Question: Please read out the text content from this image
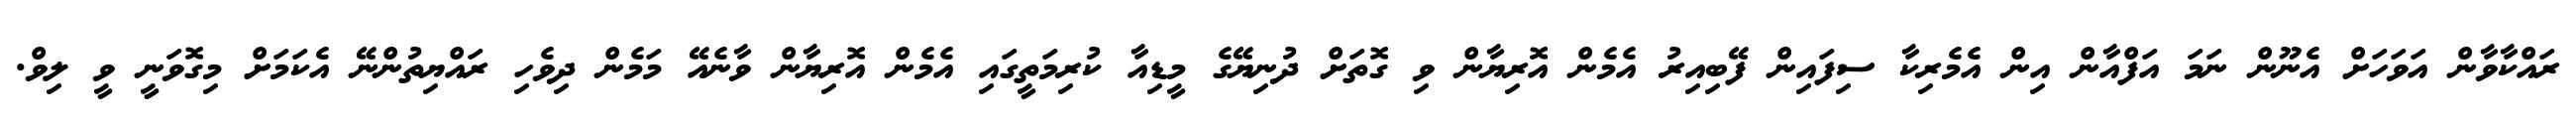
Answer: ރައްކާވާން އަވަހަށް އެނޫން ނަމަ އަފްއާން އިން އެމެރިކާ ސިފައިން ފޭބިއިރު އެމެން އޮރިޔާން ވި ގޮތަށް ދުނިޔޭގެ މީޑިއާ ކުރިމަތީގައި އެމެން އޮރިޔާން ވާނެއޭ މަމެން ދިވެހި ރައްޔިތުންނޭ އެކަމަށް މިގޮވަނީ ވީ ލިވް.